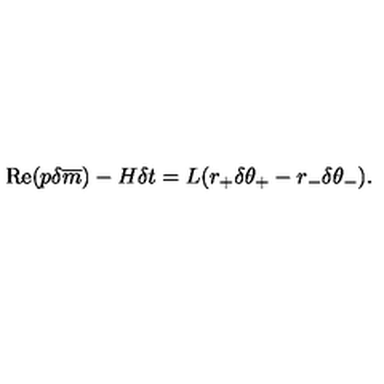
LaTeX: \mathrm { R e } ( p \delta \overline { { m } } ) - H \delta t = L ( r _ { + } \delta \theta _ { + } - r _ { - } \delta \theta _ { - } ) .